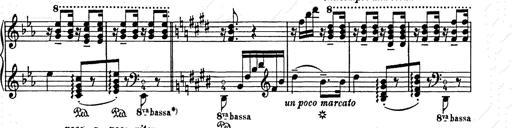
Title: Ave Maria
Composer: Joseph Ascher
Key: D-flat major